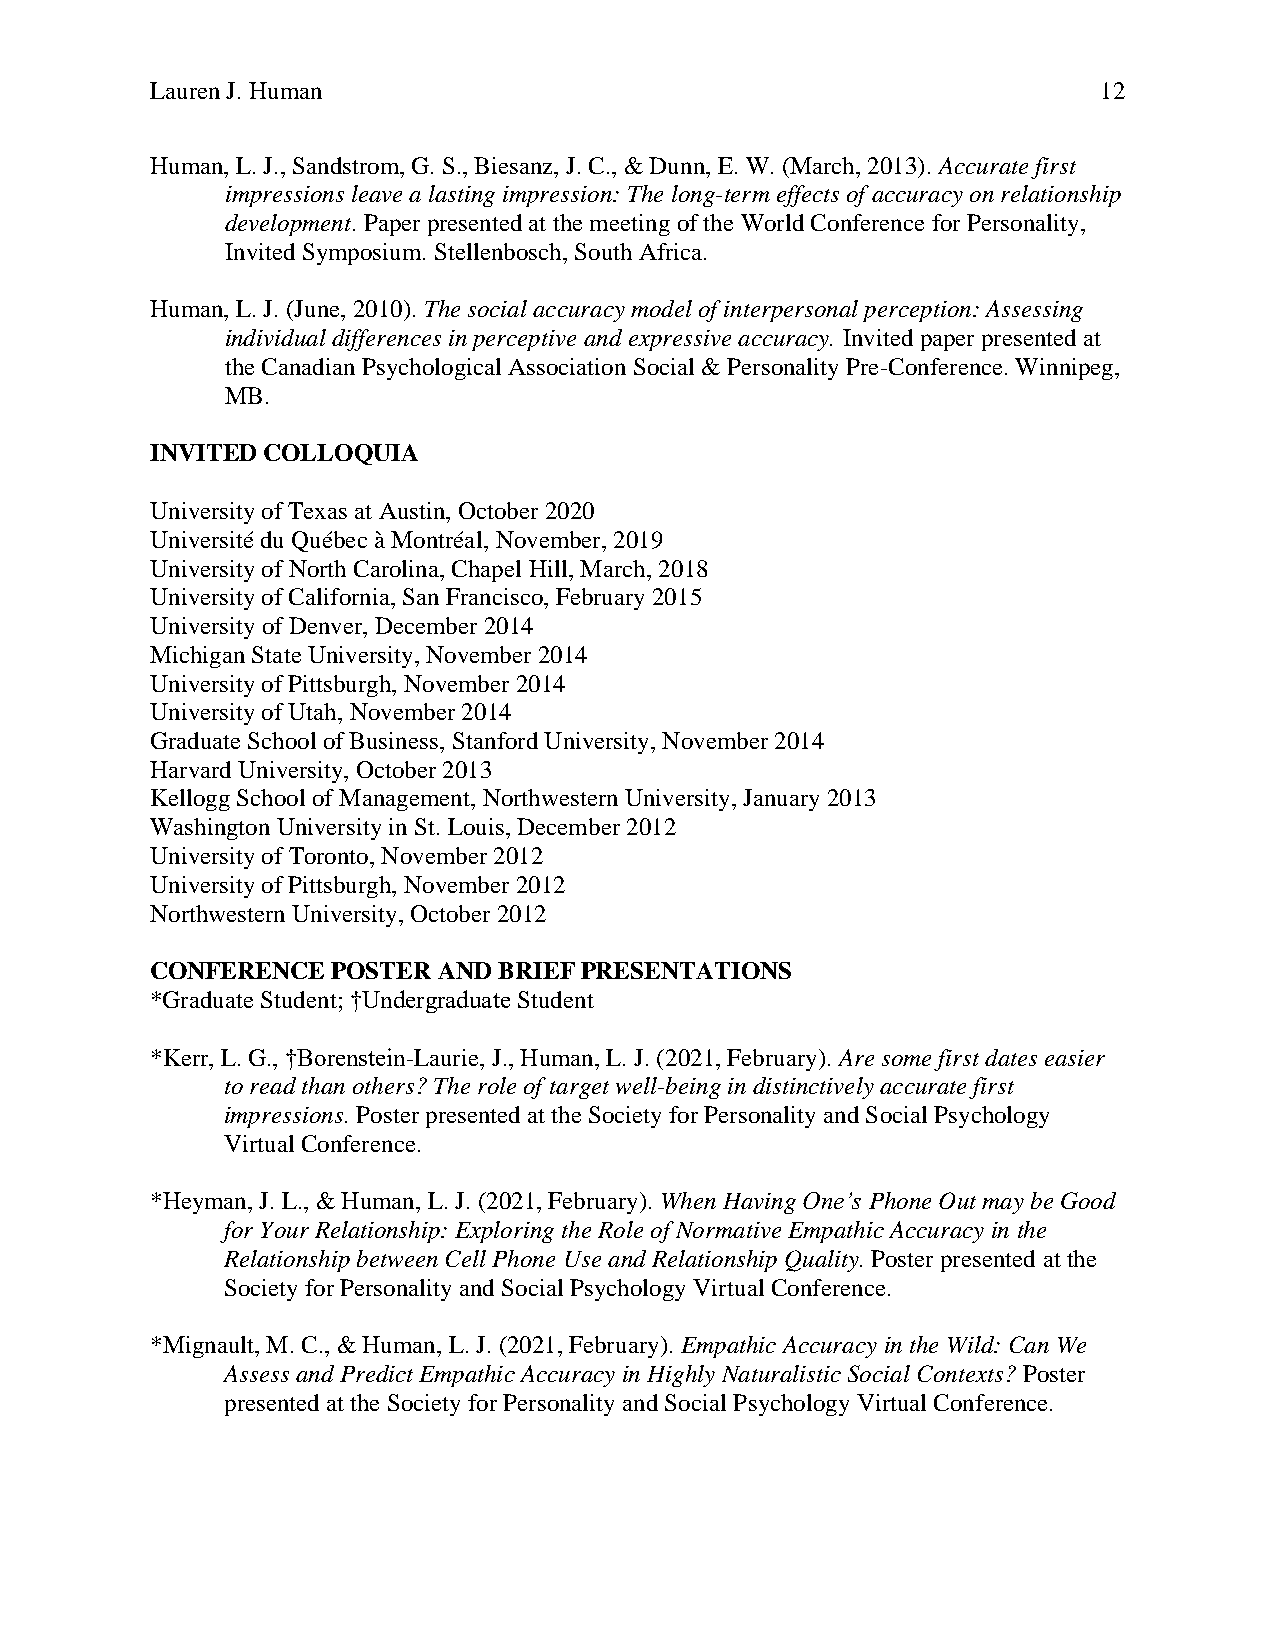
Lauren J. Human                                                12
 Human, L. J., Sandstrom, G. S., Biesanz, J. C., & Dunn, E. W. (March, 2013). Accurate first
 impressions leave a lasting impression: The long-term effects of accuracy on relationship
 development. Paper presented at the meeting of the World Conference for Personality,
 Invited Symposium. Stellenbosch, South Africa.
 Human, L. J. (June, 2010). The social accuracy model of interpersonal perception: Assessing
 individual differences in perceptive and expressive accuracy. Invited paper presented at
 the Canadian Psychological Association Social & Personality Pre-Conference. Winnipeg,
 MB.
 INVITED COLLOQUIA
 University of Texas at Austin, October 2020
 Université du Québec à Montréal, November, 2019
 University of North Carolina, Chapel Hill, March, 2018
 University of California, San Francisco, February 2015
 University of Denver, December 2014
 Michigan State University, November 2014
 University of Pittsburgh, November 2014
 University of Utah, November 2014
 Graduate School of Business, Stanford University, November 2014
 Harvard University, October 2013
 Kellogg School of Management, Northwestern University, January 2013
 Washington University in St. Louis, December 2012
 University of Toronto, November 2012
 University of Pittsburgh, November 2012
 Northwestern University, October 2012
 CONFERENCE  POSTER AND BRIEF PRESENTATIONS
 *Graduate Student; †Undergraduate Student
 *Kerr, L. G., †Borenstein-Laurie, J., Human, L. J. (2021, February). Are some first dates easier
 to read than others? The role of target well-being in distinctively accurate first
 impressions. Poster presented at the Society for Personality and Social Psychology
 Virtual Conference.
 *Heyman, J. L., & Human, L. J. (2021, February). When Having One’s Phone Out may be Good
 for Your Relationship: Exploring the Role of Normative Empathic Accuracy in the
 Relationship between Cell Phone Use and Relationship Quality. Poster presented at the
 Society for Personality and Social Psychology Virtual Conference.
 *Mignault, M. C., & Human, L. J. (2021, February). Empathic Accuracy in the Wild: Can We
 Assess and Predict Empathic Accuracy in Highly Naturalistic Social Contexts? Poster
 presented at the Society for Personality and Social Psychology Virtual Conference.